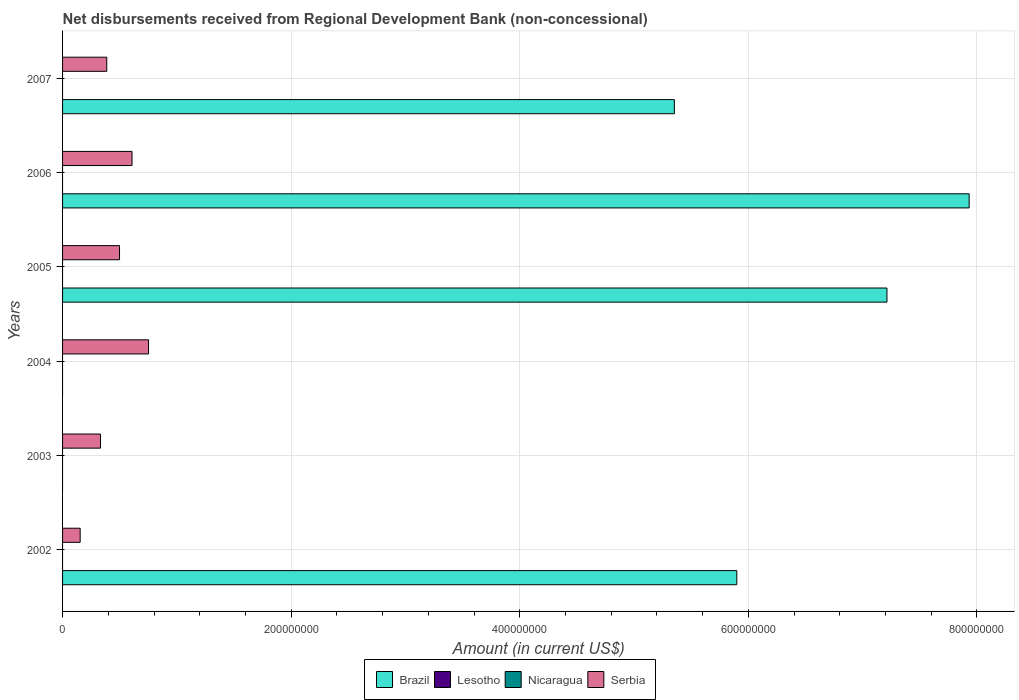
| Years | Brazil | Lesotho | Nicaragua | Serbia |
 | --- | --- | --- | --- | --- |
 | 2002 | 5.9e+08 | -1.49e+06 | -1.05e+06 | 1.54e+07 |
 | 2003 | -9.13e+08 | -1.58e+06 | -1.18e+06 | 3.32e+07 |
 | 2004 | -1.37e+09 | -1.69e+06 | -1.54e+06 | 7.52e+07 |
 | 2005 | 7.21e+08 | -1.66e+06 | -9.11e+06 | 4.98e+07 |
 | 2006 | 7.93e+08 | -9.87e+05 | -9.3e+06 | 6.08e+07 |
 | 2007 | 5.35e+08 | -9.6e+05 | -9.37e+06 | 3.87e+07 |